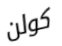
كولن